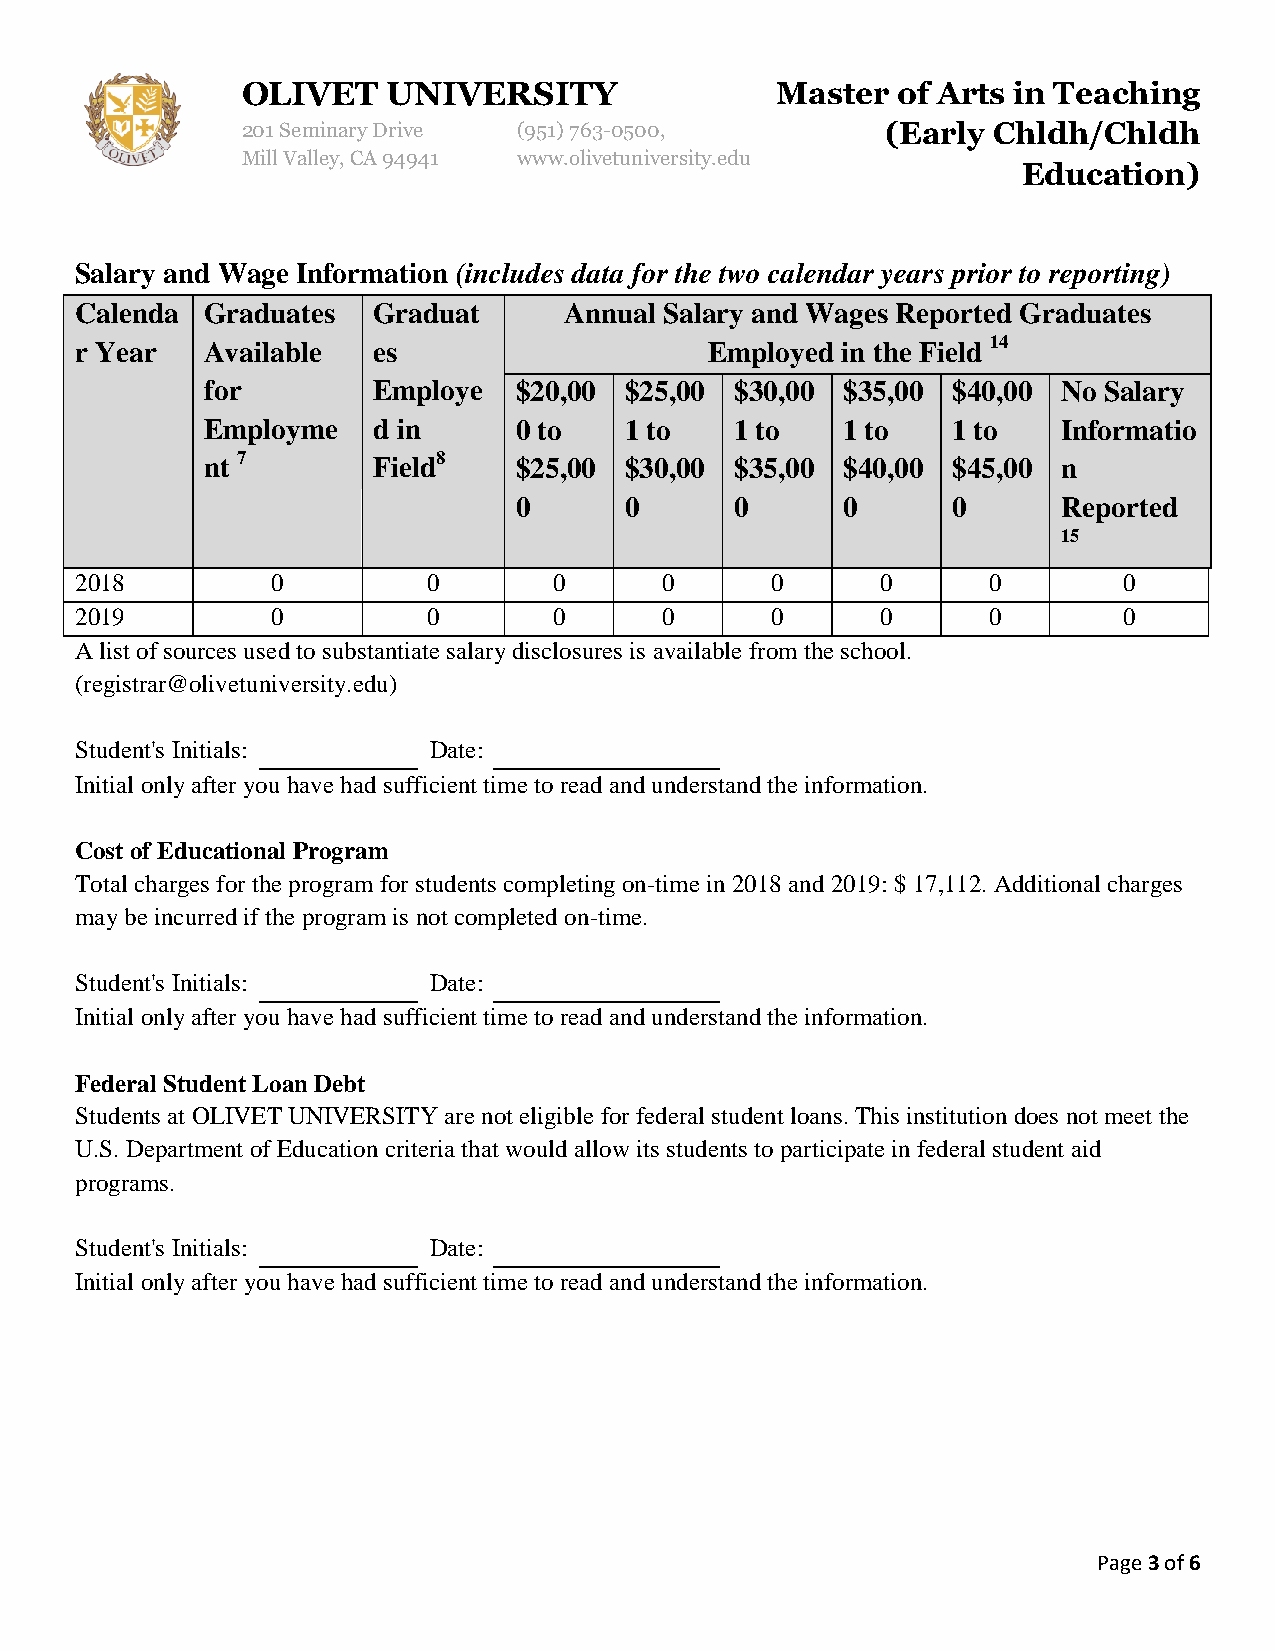
OLIVET    UNIVERSITY               Master  of Arts in Teaching
 201 Seminary Drive (951) 763-0500,         (Early Chldh/Chldh
 Mill Valley, CA 94941 www.olivetuniversity.edu
 Education)
 Salary and Wage Information (includes data for the two calendar years prior to reporting)
 Calenda  Graduates  Graduat     Annual Salary and Wages Reported Graduates
 r Year   Available  es                    Employed in the Field 14
 for        Employe  $20,00 $25,00  $30,00 $35,00 $40,00 No Salary
 Employme   d in     0 to   1 to    1 to   1 to   1 to   Informatio
 nt 7       Field8   $25,00 $30,00  $35,00 $40,00 $45,00 n
 0      0       0      0      0      Reported
 15
 2018         0         0        0      0      0      0      0        0
 2019         0         0        0      0      0      0      0        0
 A list of sources used to substantiate salary disclosures is available from the school.
 (registrar@olivetuniversity.edu)
 Student's Initials:    Date:
 Initial only after you have had sufficient time to read and understand the information.
 Cost of Educational Program
 Total charges for the program for students completing on-time in 2018 and 2019: $ 17,112. Additional charges
 may be incurred if the program is not completed on-time.
 Student's Initials:    Date:
 Initial only after you have had sufficient time to read and understand the information.
 Federal Student Loan Debt
 Students at OLIVET UNIVERSITY are not eligible for federal student loans. This institution does not meet the
 U.S. Department of Education criteria that would allow its students to participate in federal student aid
 programs.
 Student's Initials:    Date:
 Initial only after you have had sufficient time to read and understand the information.
 Page 3 of 6